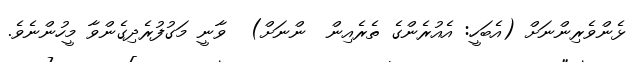
ޅެންވެރިންނަށް (އެބަހީ: އެއުރެންގެ ތެރެއިން  ންނަށް)  ވާނީ މަގުފުރެދިގެންވާ މީހުންނެވެ.